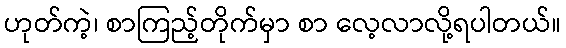
ဟုတ်ကဲ့၊ စာကြည့်တိုက်မှာ စာ လေ့လာလို့ရပါတယ်။